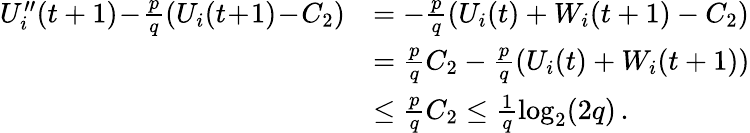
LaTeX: \begin{array}{rl}{U_{i}^{\prime\prime}(t+1)\! -\! \frac{p}{q}(U_{i}(t\! +\! 1)\! -\! C_{2})}&{=-\frac{p}{q}(U_{i}(t)+W_{i}(t+1)-C_{2})}\\ &{=\frac{p}{q}C_{2}-\frac{p}{q}(U_{i}(t)+W_{i}(t+1))}\\ &{\le\frac{p}{q}C_{2}\le\frac{1}{q}\log_{2}(2q)\, .}\end{array}